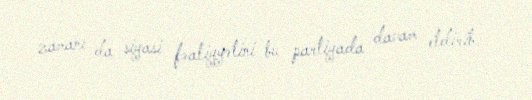
zamanı da siyasi fəaliyyətini bu partiyada davam etdirib.